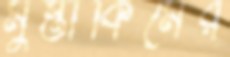
মুস্তাকিমের